Scottish Leaving Certificate Examination, 1958
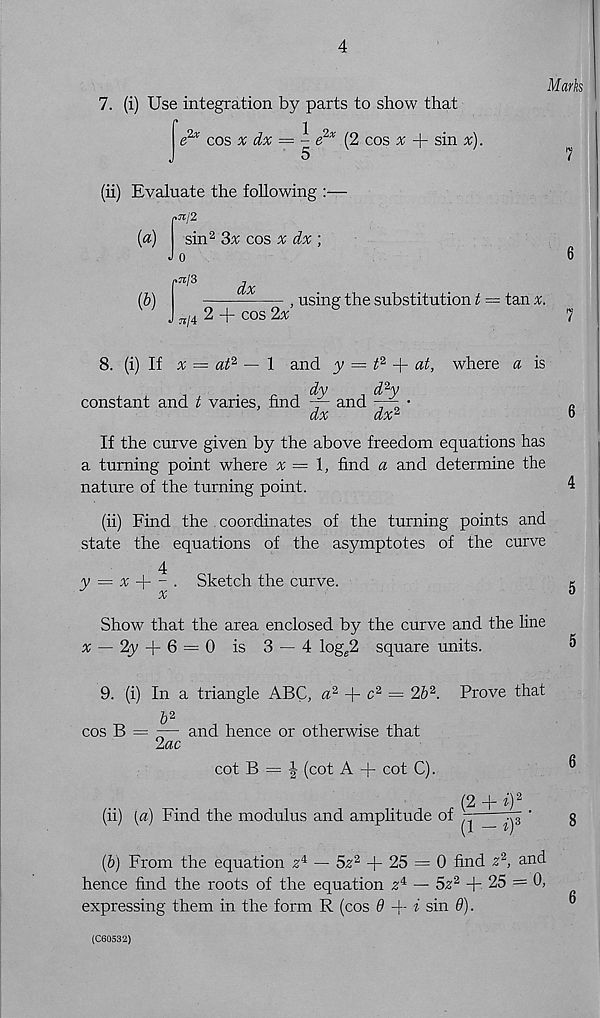
4
7. (i) Use integration by parts to show that
e 2 * cos x dx = - e 2x (2 cos ^ + sin x).
Marks
(ii) Evaluate the following :—
»Jt/2
(a)
sin 2 3% cos % dx ;
J o
r 13
dx
(b)
, using the substitution t = tan
W J./4 2 + COS2X
7
6
8. (i) If x = at 2 — 1 and y =
+ at, where a is
dy
d 2 y
constant and t varies, find — and
, '
dx
dx 2
If the curve given by the above freedom equations has
a turning point where x = 1, find a and determine the
nature of the turning point.
(ii) Find the coordinates of the turning points and
state the equations of the asymptotes of the curve
4
y = x
- i Sketch the curve.
x
Show that the area enclosed by the curve and the line
x — 2y + 6 = 0 is 3 — 4 log e 2 square units.
9. (i) In a triangle ABC, a 2
c 2 = 2b 2 . Prove that
cos B
2ac
and hence or otherwise that
cot B = | (cot A + cot C).
, (2 + i) 2
(ii) [a) Find the modulus and amplitude of —
^ ’
(b) From the equation z 4 — 5z 2 + 25 = 0 find z 2 , and
hence find the roots of the equation zM — 5z 2 + 25 = 0,
expressing them in the form R (cos 9 -f- i sin 9).
(C60532)